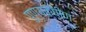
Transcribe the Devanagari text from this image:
पुण्यक्षीण